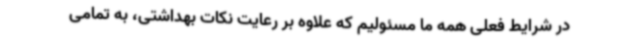
در شرایط فعلی همه ما مسئولیم که علاوه بر رعایت نکات بهداشتی، به تمامی